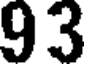
93